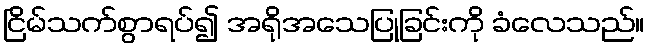
ငြိမ်သက်စွာရပ်၍ အရိုအသေပြုခြင်းကို ခံလေသည်။